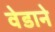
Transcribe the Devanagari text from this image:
वेडाने